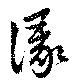
湪